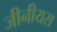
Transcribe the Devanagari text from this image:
जीनीयस